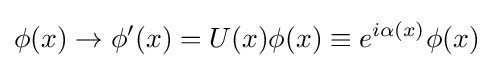
\phi (x)\rightarrow \phi '(x)=U(x)\phi (x)\equiv e^{i\alpha (x)}\phi (x)